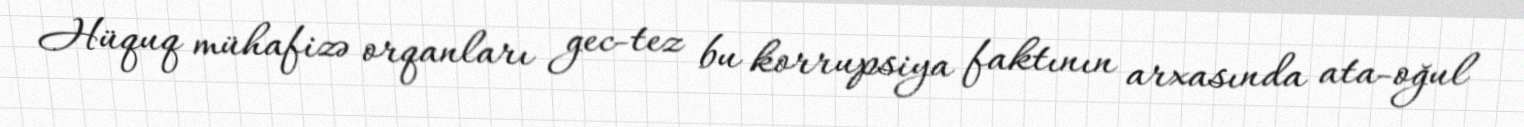
Hüquq mühafizə orqanları gec-tez bu korrupsiya faktının arxasında ata-oğul